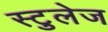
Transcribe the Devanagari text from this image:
स्टुलेज